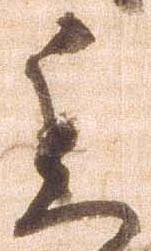
委